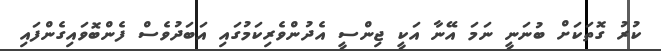
ކުރު ގޮތަކަށް ބުނަނީ ނަމަ އޭނާ އަކީ ޖިންސީ އެދުންވެރިކަމުގައި އަބަދުވެސް ފެންބޮވައިގެންފައި